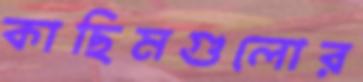
কাছিমগুলোর